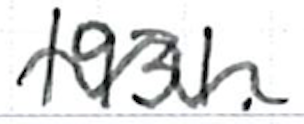
Text: 1931.
Cross-out: wave
Writing tool: ballpoint